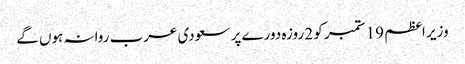
وزیر اعظم 19 ستمبر کو 2 روزہ دورے پر سعودی عرب روانہ ہوں گے